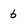
Character: 6